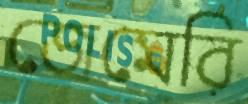
জেমেরি